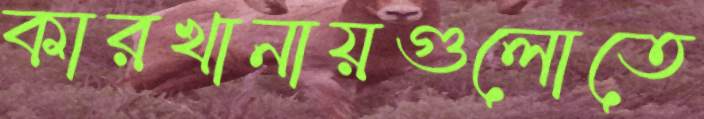
কারখানায়গুলোতে